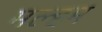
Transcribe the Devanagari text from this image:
मल्हम